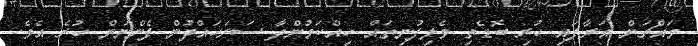
މައްޗަށް އަރާފައި ހުރި ބޮޑެތި ވެލިފުނިތައް ހިއްކަމުންދާ ސަރަހައްދުން ފެންނަން ހުރެ އެވެ.